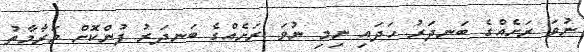
ނުވަ ރަށެއްގެ ބަނދަރު ހަދައި ނިމި ނުވަ ރަށެއްގެ ބަނދަރު ފުންކޮށް މަރާމާތު